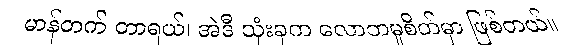
မာန်တက် တာရယ်၊ အဲဒီ သုံးခုက လောဘမူစိတ်မှာ ဖြစ်တယ်။